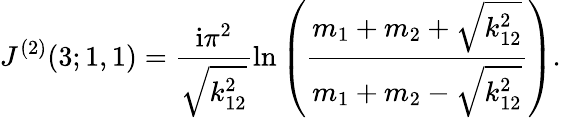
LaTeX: J^{(2)}(3;1,1)=\frac{\mathrm{i}\pi^{2}}{\sqrt{k_{12}^{2}}}\ln\left(\frac{m_{1}+m_{2}+\sqrt{k_{12}^{2}}}{m_{1}+m_{2}-\sqrt{k_{12}^{2}}}\right).